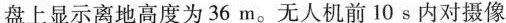
盘上显示离地高度为36m。无人机前10s内对摄像